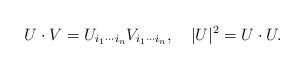
LaTeX: \begin{align*} U\cdot V=U_{i_1\cdots i_n}V_{i_1\cdots i_n},\quad|U|^2=U\cdot U.\end{align*}